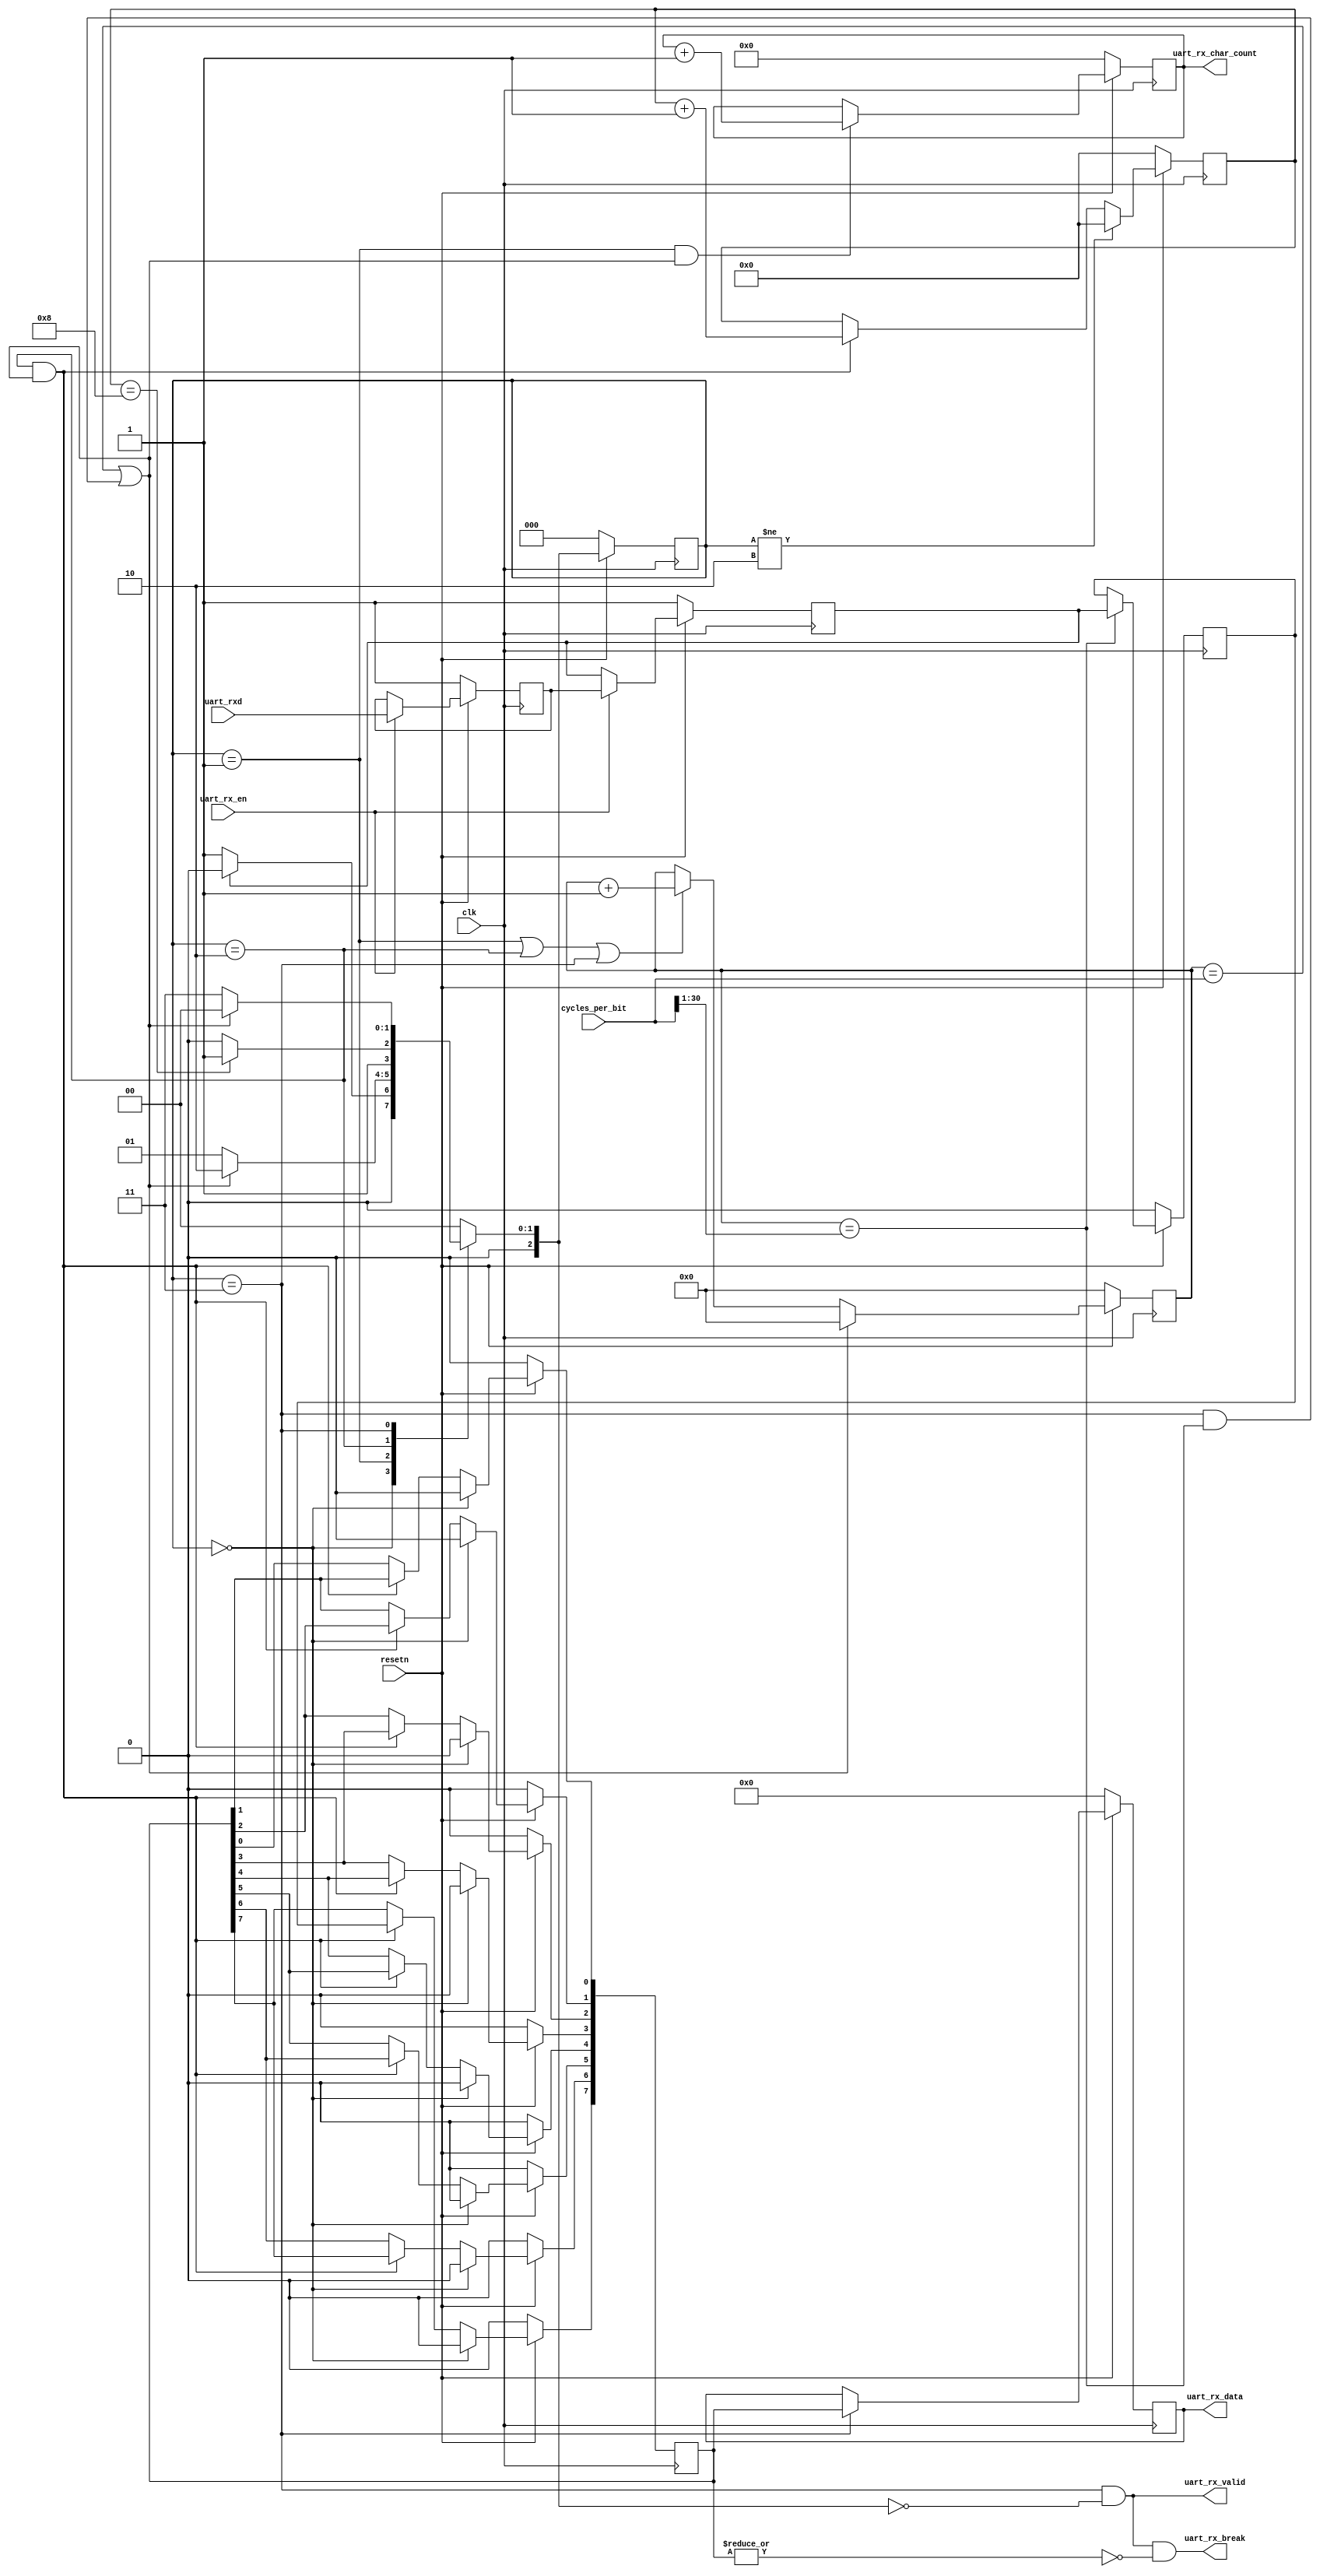
// https://github.com/ben-marshall/uart.git
// 
// Module: uart_rx 
// 
// Notes:
// - UART reciever module.
//

module uart_rx
  #(
    // Number of data bits recieved per UART packet.
    parameter PAYLOAD_BITS= 8,
    //
    // Number of stop bits indicating the end of a packet.
    parameter STOP_BITS   = 1
    )
   (
    input wire			  clk , // Top level system clock input.
    input wire			  resetn , // Asynchronous active low reset.
    input wire			  uart_rxd , // UART Recieve pin.
    input wire			  uart_rx_en , // Recieve enable
    output wire			  uart_rx_break, // Did we get a BREAK message?
    output wire			  uart_rx_valid, // Valid data recieved and available.
    output reg [PAYLOAD_BITS-1:0] uart_rx_data, // The recieved data.
    input [31:0]		  cycles_per_bit,
    output wire [31:0]		  uart_rx_char_count
    );
   
   // --------------------------------------------------------------------------- 
// External parameters.
// 

//
// Input bit rate of the UART line.
//parameter   BIT_RATE        = 9600; // bits / sec
//localparam  BIT_P           = 1_000_000_000 * 1/BIT_RATE; // nanoseconds

//
// Clock frequency in hertz.
//parameter   CLK_HZ          =    50_000_000;
//localparam  CLK_P           = 1_000_000_000 * 1/CLK_HZ; // nanoseconds


//
// Number of clock cycles per uart bit.
//localparam       CYCLES_PER_BIT     = BIT_P / CLK_P;

//
// Size of the registers which store sample counts and bit durations.
   localparam       COUNT_REG_LEN      = 31;//1+$clog2(CYCLES_PER_BIT);

// -------------------------------------------------------------------------- 
// Internal registers.
// 

//
// Internally latched value of the uart_rxd line. Helps break long timing
// paths from input pins into the logic.
reg rxd_reg;
reg rxd_reg_0;

//
// Storage for the recieved serial data.
reg [PAYLOAD_BITS-1:0] recieved_data;

//
// Counter for the number of cycles over a packet bit.
reg [COUNT_REG_LEN-1:0] cycle_counter;

//
// Counter for the number of recieved bits of the packet.
reg [3:0] bit_counter;

//
// Sample of the UART input line whenever we are in the middle of a bit frame.
reg bit_sample;

//
// Current and next states of the internal FSM.
reg [2:0] fsm_state;
reg [2:0] n_fsm_state;

localparam FSM_IDLE = 0;
localparam FSM_START= 1;
localparam FSM_RECV = 2;
localparam FSM_STOP = 3;

   wire [31:0] cpb2;
   assign cpb2= {1'b0,cycles_per_bit[30:1]}; // cycles_per_bit/2
   
// --------------------------------------------------------------------------- 
// Output assignment
// 

assign uart_rx_break = uart_rx_valid && ~|recieved_data;
assign uart_rx_valid = fsm_state == FSM_STOP && n_fsm_state == FSM_IDLE;

always @(posedge clk) begin
    if(!resetn) begin
        uart_rx_data  <= {PAYLOAD_BITS{1'b0}};
    end else if (fsm_state == FSM_STOP) begin
        uart_rx_data  <= recieved_data;
    end
end

// --------------------------------------------------------------------------- 
// FSM next state selection.
// 

wire next_bit     = cycle_counter == cycles_per_bit ||
                        fsm_state       == FSM_STOP && 
                        cycle_counter   == cpb2/*cycles_per_bit/2*/;
wire payload_done = bit_counter   == PAYLOAD_BITS  ;

//
// Handle picking the next state.
always @(*) begin : p_n_fsm_state
    case(fsm_state)
        FSM_IDLE : n_fsm_state = rxd_reg      ? FSM_IDLE : FSM_START;
        FSM_START: n_fsm_state = next_bit     ? FSM_RECV : FSM_START;
        FSM_RECV : n_fsm_state = payload_done ? FSM_STOP : FSM_RECV ;
        FSM_STOP : n_fsm_state = next_bit     ? FSM_IDLE : FSM_STOP ;
        default  : n_fsm_state = FSM_IDLE;
    endcase
end

// --------------------------------------------------------------------------- 
// Internal register setting and re-setting.
// 

//
// Handle updates to the recieved data register.
integer i = 0;
always @(posedge clk) begin : p_recieved_data
    if(!resetn) begin
        recieved_data <= {PAYLOAD_BITS{1'b0}};
    end else if(fsm_state == FSM_IDLE             ) begin
        recieved_data <= {PAYLOAD_BITS{1'b0}};
    end else if(fsm_state == FSM_RECV && next_bit ) begin
       recieved_data[PAYLOAD_BITS-1] <= bit_sample;
        for ( i = PAYLOAD_BITS-2; i >= 0; i = i - 1) begin
            recieved_data[i] <= recieved_data[i+1];
        end
    end
end

//
// Increments the bit counter when recieving.
always @(posedge clk) begin : p_bit_counter
    if(!resetn) begin
        bit_counter <= 4'b0;
    end else if(fsm_state != FSM_RECV) begin
        bit_counter <= {COUNT_REG_LEN{1'b0}};
    end else if(fsm_state == FSM_RECV && next_bit) begin
        bit_counter <= bit_counter + 1'b1;
    end
end

//
// Sample the recieved bit when in the middle of a bit frame.
always @(posedge clk) begin : p_bit_sample
    if(!resetn) begin
        bit_sample <= 1'b0;
    end else if (cycle_counter == cpb2/*cycles_per_bit/2*/) begin
        bit_sample <= rxd_reg;
    end
end


//
// Increments the cycle counter when recieving.
always @(posedge clk) begin : p_cycle_counter
    if(!resetn) begin
        cycle_counter <= {COUNT_REG_LEN{1'b0}};
    end else if(next_bit) begin
        cycle_counter <= {COUNT_REG_LEN{1'b0}};
    end else if(fsm_state == FSM_START || 
                fsm_state == FSM_RECV  || 
                fsm_state == FSM_STOP   ) begin
        cycle_counter <= cycle_counter + 1'b1;
    end
end


//
// Progresses the next FSM state.
always @(posedge clk) begin : p_fsm_state
    if(!resetn) begin
        fsm_state <= FSM_IDLE;
    end else begin
        fsm_state <= n_fsm_state;
    end
end


//
// Responsible for updating the internal value of the rxd_reg.
always @(posedge clk) begin : p_rxd_reg
    if(!resetn) begin
        rxd_reg     <= 1'b1;
        rxd_reg_0   <= 1'b1;
    end else if(uart_rx_en) begin
        rxd_reg     <= rxd_reg_0;
        rxd_reg_0   <= uart_rxd;
    end
end

   reg [31:0] char_count;

   always @(posedge clk)
     if (!resetn)
       char_count<= 0;
     else
       if ((fsm_state == FSM_START) & next_bit)
	 char_count<= char_count+1;

   assign uart_rx_char_count= char_count;
   
endmodule